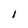
Character: I